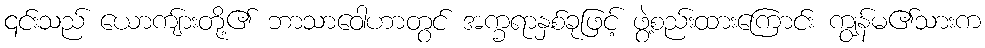
၎င်းသည် ယောကျ်ားတို့၏ ဘာသာဝေါဟာတွင် အက္ခရာနှစ်ခုဖြင့် ဖွဲ့စည်းထားကြောင်း ကျွန်မ၏သားက